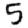
Digit: 5